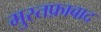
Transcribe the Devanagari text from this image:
मुस्तफ़ाबाद